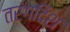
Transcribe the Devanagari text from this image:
तरंगदिश